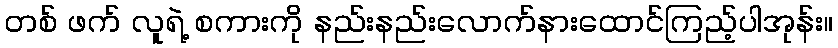
တစ် ဖက် လူရဲ့ စကားကို နည်းနည်းလောက်နားထောင်ကြည့်ပါအုန်း။